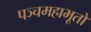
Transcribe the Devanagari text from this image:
पञ्चमहाभूतों